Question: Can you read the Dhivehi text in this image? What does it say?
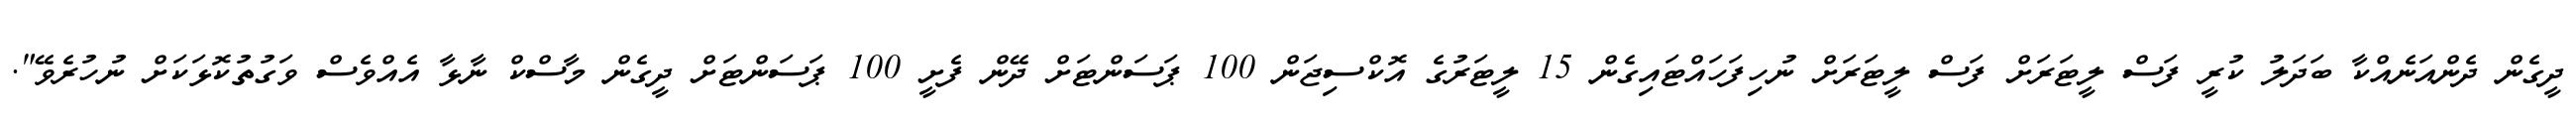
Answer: ދީގެން ދެންއަނެއްކާ ބަދަލު ކުރީ ފަސް ލީޓަރަށް ފަސް ލީޓަރަށް ނުހިފަހައްޓައިގެން 15 ލީޓަރުގެ އޮކްސިޖަން 100 ޕަސަންޓަށް ދޭން ފެށީ 100 ޕަސަންޓަށް ދީގެން މާސްކް ނާޅާ އެއްވެސް ވަގުތުކޮޅަކަށް ނުހުރެވޭ".